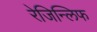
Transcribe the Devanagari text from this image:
रेजिन्लिफ